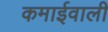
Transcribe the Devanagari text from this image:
कमाईवाली